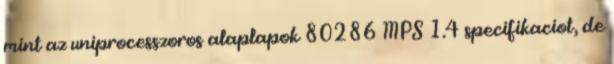
mint az uniprocesszoros alaplapok 80286 MPS 1.4 specifikaciot, de